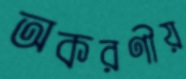
অকরণীয়